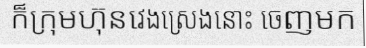
ក៏ក្រុមហ៊ុនវេងស្រេងនោះ ចេញមក